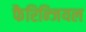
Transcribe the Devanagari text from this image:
फैरिन्जियल